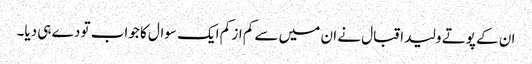
ان کے پوتے ولید اقبال نے ان میں سے کم از کم ایک سوال کا جواب تو دے ہی دیا۔